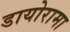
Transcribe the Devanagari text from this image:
डायोरामा